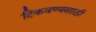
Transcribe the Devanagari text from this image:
टिकवण्यसाठी